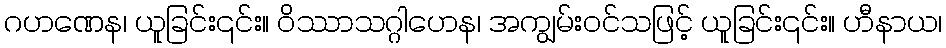
ဂဟဏေန၊ ယူခြင်း၎င်း။ ဝိဿာသဂ္ဂါဟေန၊ အကျွမ်းဝင်သဖြင့် ယူခြင်း၎င်း။ ဟီနာယ၊